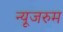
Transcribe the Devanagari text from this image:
न्यूजरुम